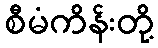
စီမံကိန်းတို့